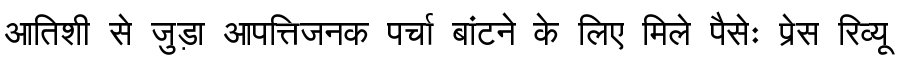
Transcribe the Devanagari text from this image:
आतिशी से जुड़ा आपत्तिजनक पर्चा बांटने के लिए मिले पैसेः प्रेस रिव्यू